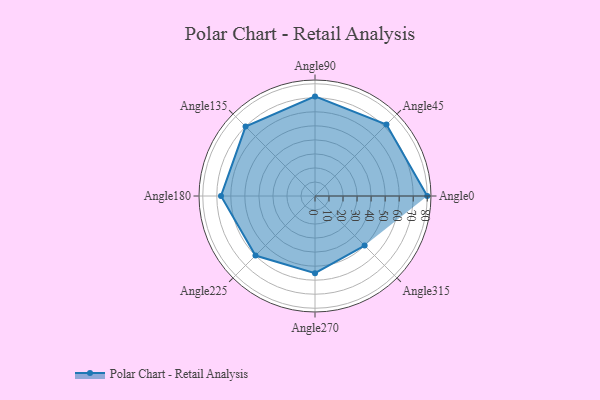
{"axis": {"x": "Angle", "y": "Radius"}, "legend": [""], "data": [{"x": "Angle0", "y": 80.0, "type": ""}, {"x": "Angle45", "y": 72.0, "type": ""}, {"x": "Angle90", "y": 71.0, "type": ""}, {"x": "Angle135", "y": 70.0, "type": ""}, {"x": "Angle180", "y": 67.0, "type": ""}, {"x": "Angle225", "y": 60.0, "type": ""}, {"x": "Angle270", "y": 55.0, "type": ""}, {"x": "Angle315", "y": 50, "type": ""}]}